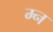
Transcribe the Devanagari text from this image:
म्न